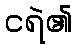
ငရဲ၏